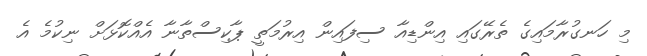
މި ހަނގުރާމައިގެ ތެރޭގައި އިންޑިއާ ސިފައިން އިރުމަތީ ޕާކިސްތާނާ އެއްކޮޅަށް ނިކުމެ އެ